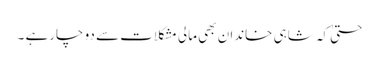
حتیٰ کہ شاہی خاندان بھی مالی مشکلات سے دو چارہے ۔